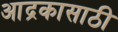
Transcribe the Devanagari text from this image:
आद्रकासाठी